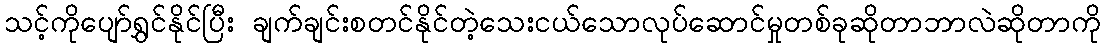
သင့်ကိုပျော်ရွှင်နိုင်ပြီး ချက်ချင်းစတင်နိုင်တဲ့သေးငယ်သောလုပ်ဆောင်မှုတစ်ခုဆိုတာဘာလဲဆိုတာကို